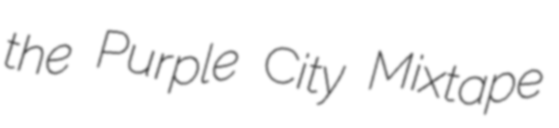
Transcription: the Purple City Mixtape